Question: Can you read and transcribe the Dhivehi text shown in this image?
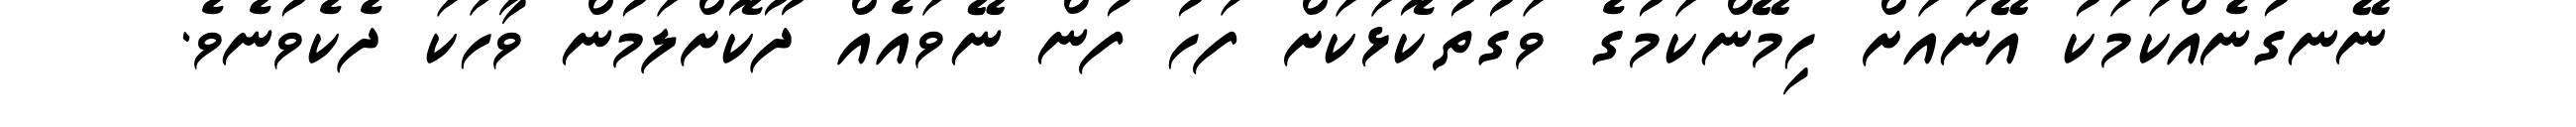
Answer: ނޭނގުނެއްކަމަކު އޭނައަށް ހިމޭންކަމުގެ ވަގުތުކޮޅަކަށް ފަހު ފުން ނޭވައެއް ދޫކޮށްލަމުން ވާހަކަ ދެކެވުނެވެ.